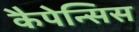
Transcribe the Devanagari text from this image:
कैपेन्सिस